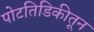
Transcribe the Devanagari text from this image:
पोटतिडिकीतून